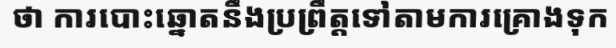
ថា ការបោះឆ្នោតនឹងប្រព្រឹត្តទៅតាមការគ្រោងទុក